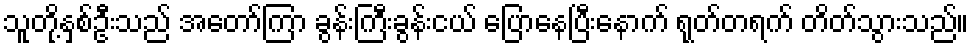
သူတို့နှစ်ဦးသည် အတော်ကြာ ခွန်းကြီးခွန်းငယ် ပြောနေပြီးနောက် ရုတ်တရက် တိတ်သွားသည်။